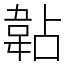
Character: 䪓